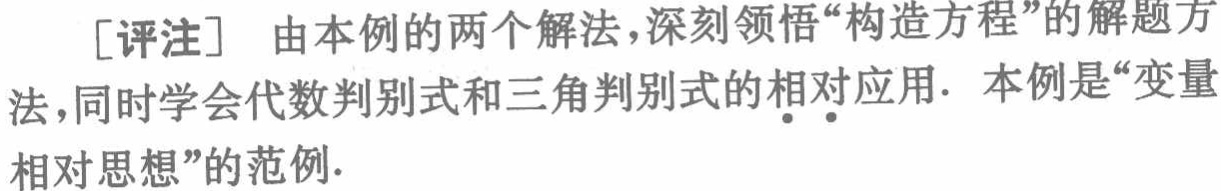
[评注] 由本例的两个解法,深刻领悟“构造方程”的解题方法,同时学会代数判别式和三角判别式的相对应用. 本例是“变量相对思想”的范例.